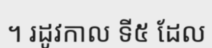
។ រដូវកាល ទី៥ ដែល